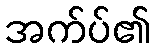
အက်ပ်၏